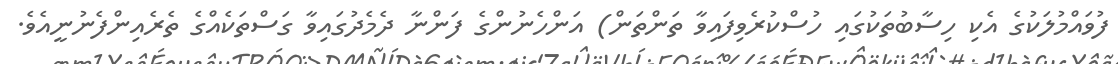
ފުވައްމުލަކުގެ އެކި ހިސާބުތަކުގައި ހުސްކުރެވިފައިވާ ތަންތަން) އަންހެނުންގެ ފަންނާ ދެމެދުގައިވާ ގަސްތަކެއްގެ ތެރެއިންފެނުނީއެވެ.